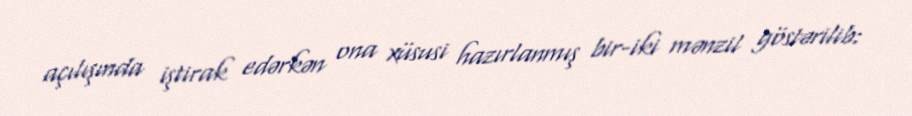
açılışında iştirak edərkən ona xüsusi hazırlanmış bir-iki mənzil göstərilib: